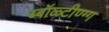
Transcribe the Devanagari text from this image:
ब्बॉळ्टीण्ग्ग